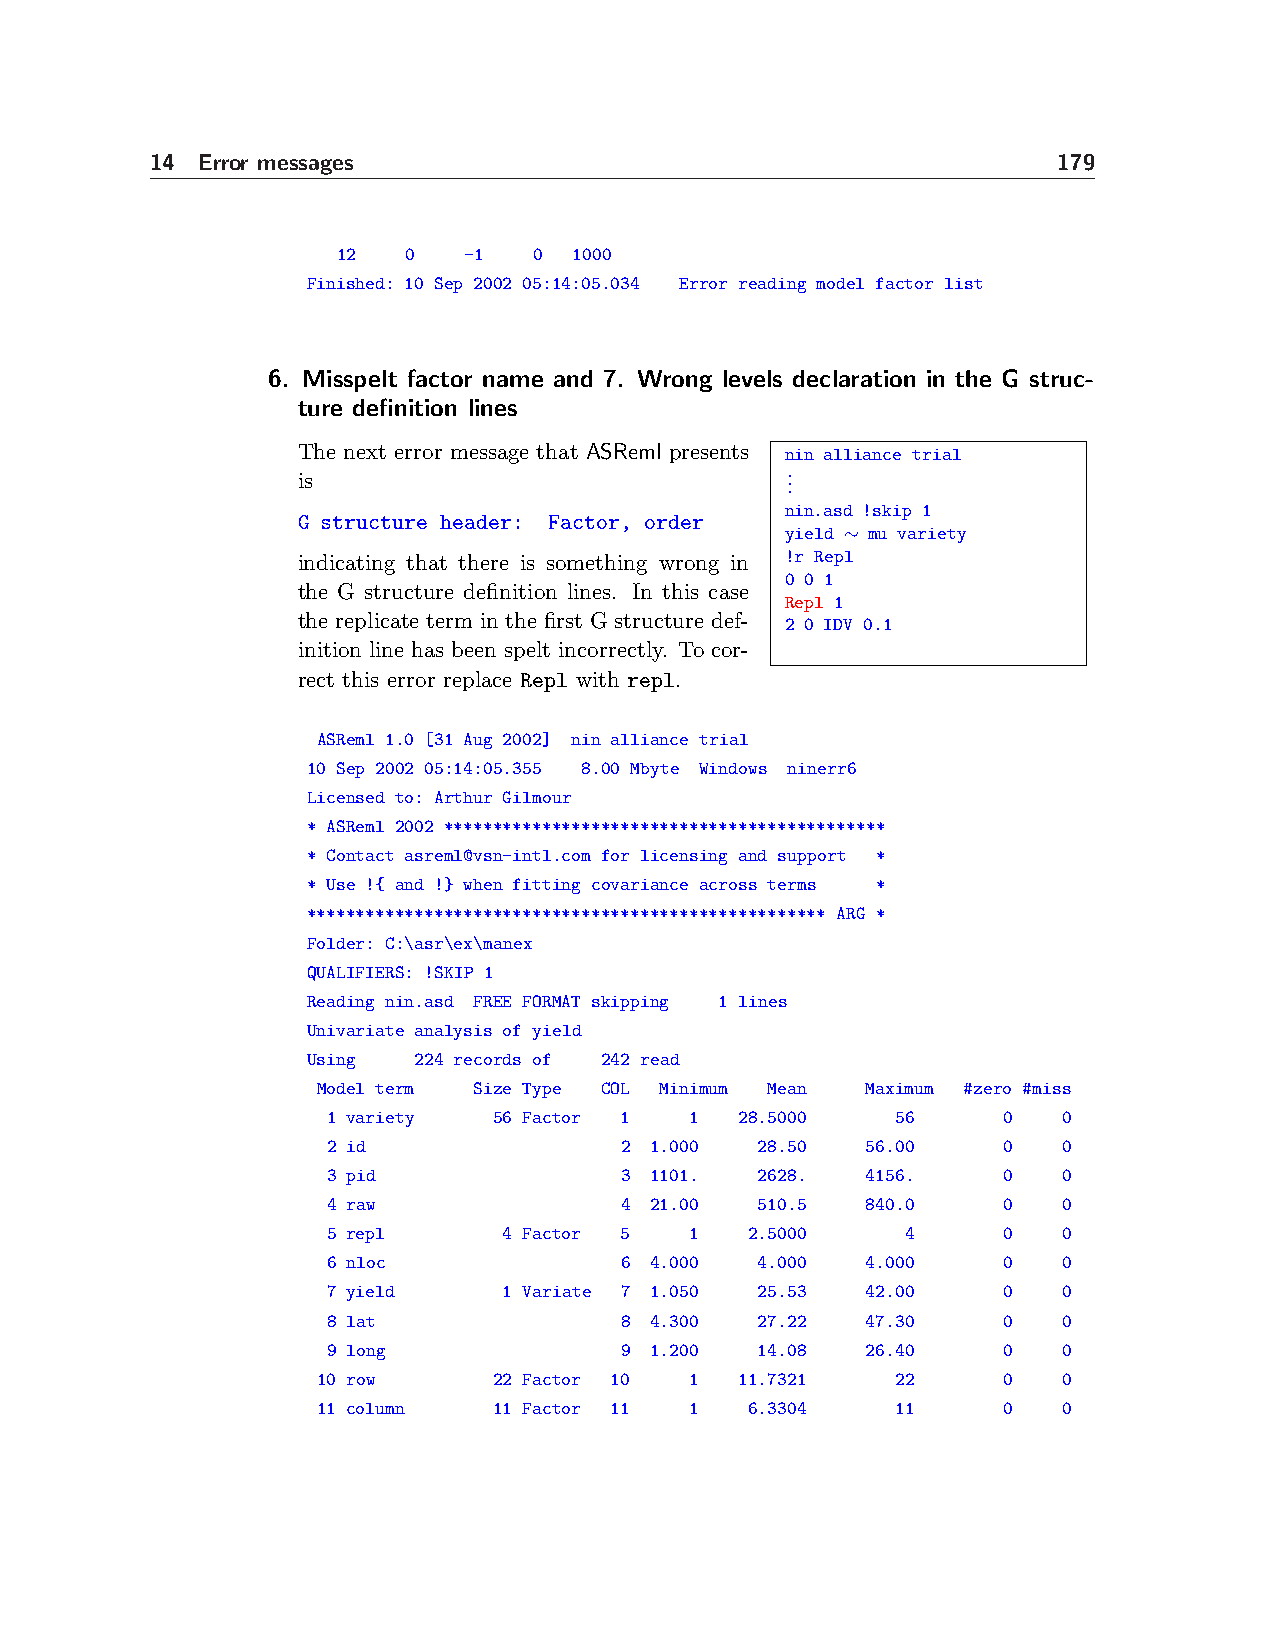
14 Error messages                                           179
 12   0   -1  0  1000
 Finished: 10 Sep 2002 05:14:05.034 Error reading model factor list
 6. Misspelt factor name and 7. Wrong levels declaration in the G struc-
 ture definition lines
 The next error message that ASReml presents nin alliance trial
 .
 is                              .
 .
 nin.asd !skip 1
 G structure header: Factor, order
 yield ∼ mu variety
 indicating that there is something wrong in !r Repl
 0 0 1
 the G structure definition lines. In this case
 Repl 1
 the replicate term in the first G structure def- 2 0 IDV 0.1
 inition line has been spelt incorrectly. To cor-
 rect this error replace Repl with repl.
 ASReml 1.0 [31 Aug 2002] nin alliance trial
 10 Sep 2002 05:14:05.355 8.00 Mbyte Windows ninerr6
 Licensed to: Arthur Gilmour
 * ASReml 2002 *********************************************
 * Contact asreml@vsn-intl.com for licensing and support *
 * Use !{ and !} when fitting covariance across terms *
 ***************************************************** ARG *
 Folder: C:\asr\ex\manex
 QUALIFIERS: !SKIP 1
 Reading nin.asd FREE FORMAT skipping 1 lines
 Univariate analysis of yield
 Using  224 records of 242 read
 Model term Size Type COL Minimum Mean Maximum #zero #miss
 1 variety  56 Factor 1  1  28.5000   56     0   0
 2 id               2 1.000  28.50  56.00    0   0
 3 pid              3 1101.  2628.  4156.    0   0
 4 raw              4 21.00  510.5  840.0    0   0
 5 repl     4 Factor 5   1   2.5000    4     0   0
 6 nloc             6 4.000  4.000  4.000    0   0
 7 yield    1 Variate 7 1.050 25.53 42.00    0   0
 8 lat              8 4.300  27.22  47.30    0   0
 9 long             9 1.200  14.08  26.40    0   0
 10 row      22 Factor 10 1  11.7321   22     0   0
 11 column   11 Factor 11 1   6.3304   11     0   0